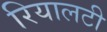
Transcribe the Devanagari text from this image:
रियालटी